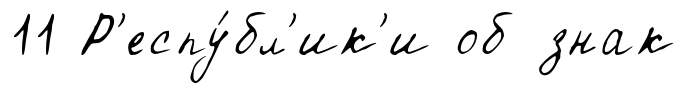
11 Р'еспу́бл'ик'и об знак